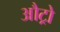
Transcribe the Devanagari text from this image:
औट्रो